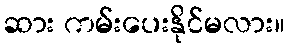
ဆား ကမ်းပေးနိုင်မလား။